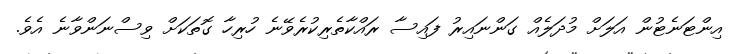
އިންޓަނެޓުން އަލަށް މުދަލެއް ގަންނައިރު ފައިސާ ރައްކާތެރިކުރެވޭނެ ހުރިހާ ގޮތަކަށް ވިސްނަންވާނެ އެވެ.